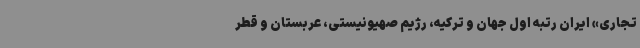
تجاری» ایران رتبه اول جهان و ترکیه، رژیم صهیونیستی، عربستان و قطر